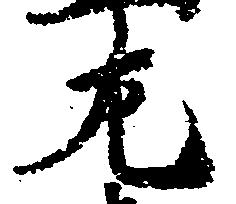
左